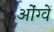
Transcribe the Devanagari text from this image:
ओंग्वें